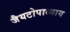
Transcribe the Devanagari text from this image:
जैयटोपाध्याय